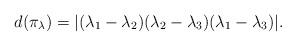
LaTeX: \begin{align*}d(\pi_\lambda)=|(\lambda_1-\lambda_2)(\lambda_2-\lambda_3)(\lambda_1-\lambda_3)|.\end{align*}